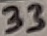
Text: 33